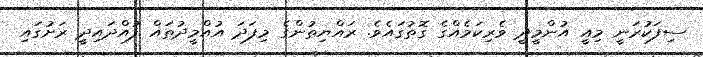
ސިފަކުރަނީ މިއީ އުންމީދީ ވެރިކަމެއްގެ ގޮތުގައެވެ. ރައްޔިތުންގެ މިފަދަ އުއްމީދުތައް ފުއްދައިދީ ރަށުގައި